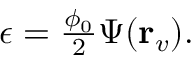
\begin{array} { r } { \epsilon = \frac { \phi _ { 0 } } { 2 } \Psi ( { \bf r } _ { v } ) . } \end{array}